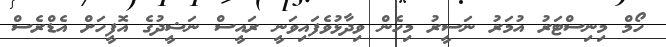
ހޯމް މިނިސްޓަރު އުމަރު ނަސީރު މިހެން ވިދާޅުވެފައިވަނީ ރައީސް ނަޝީދުގެ އޮފީހަށް އެޑްރެސް